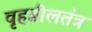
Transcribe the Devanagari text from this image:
वृहन्नीलतंत्र